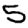
Digit: 5